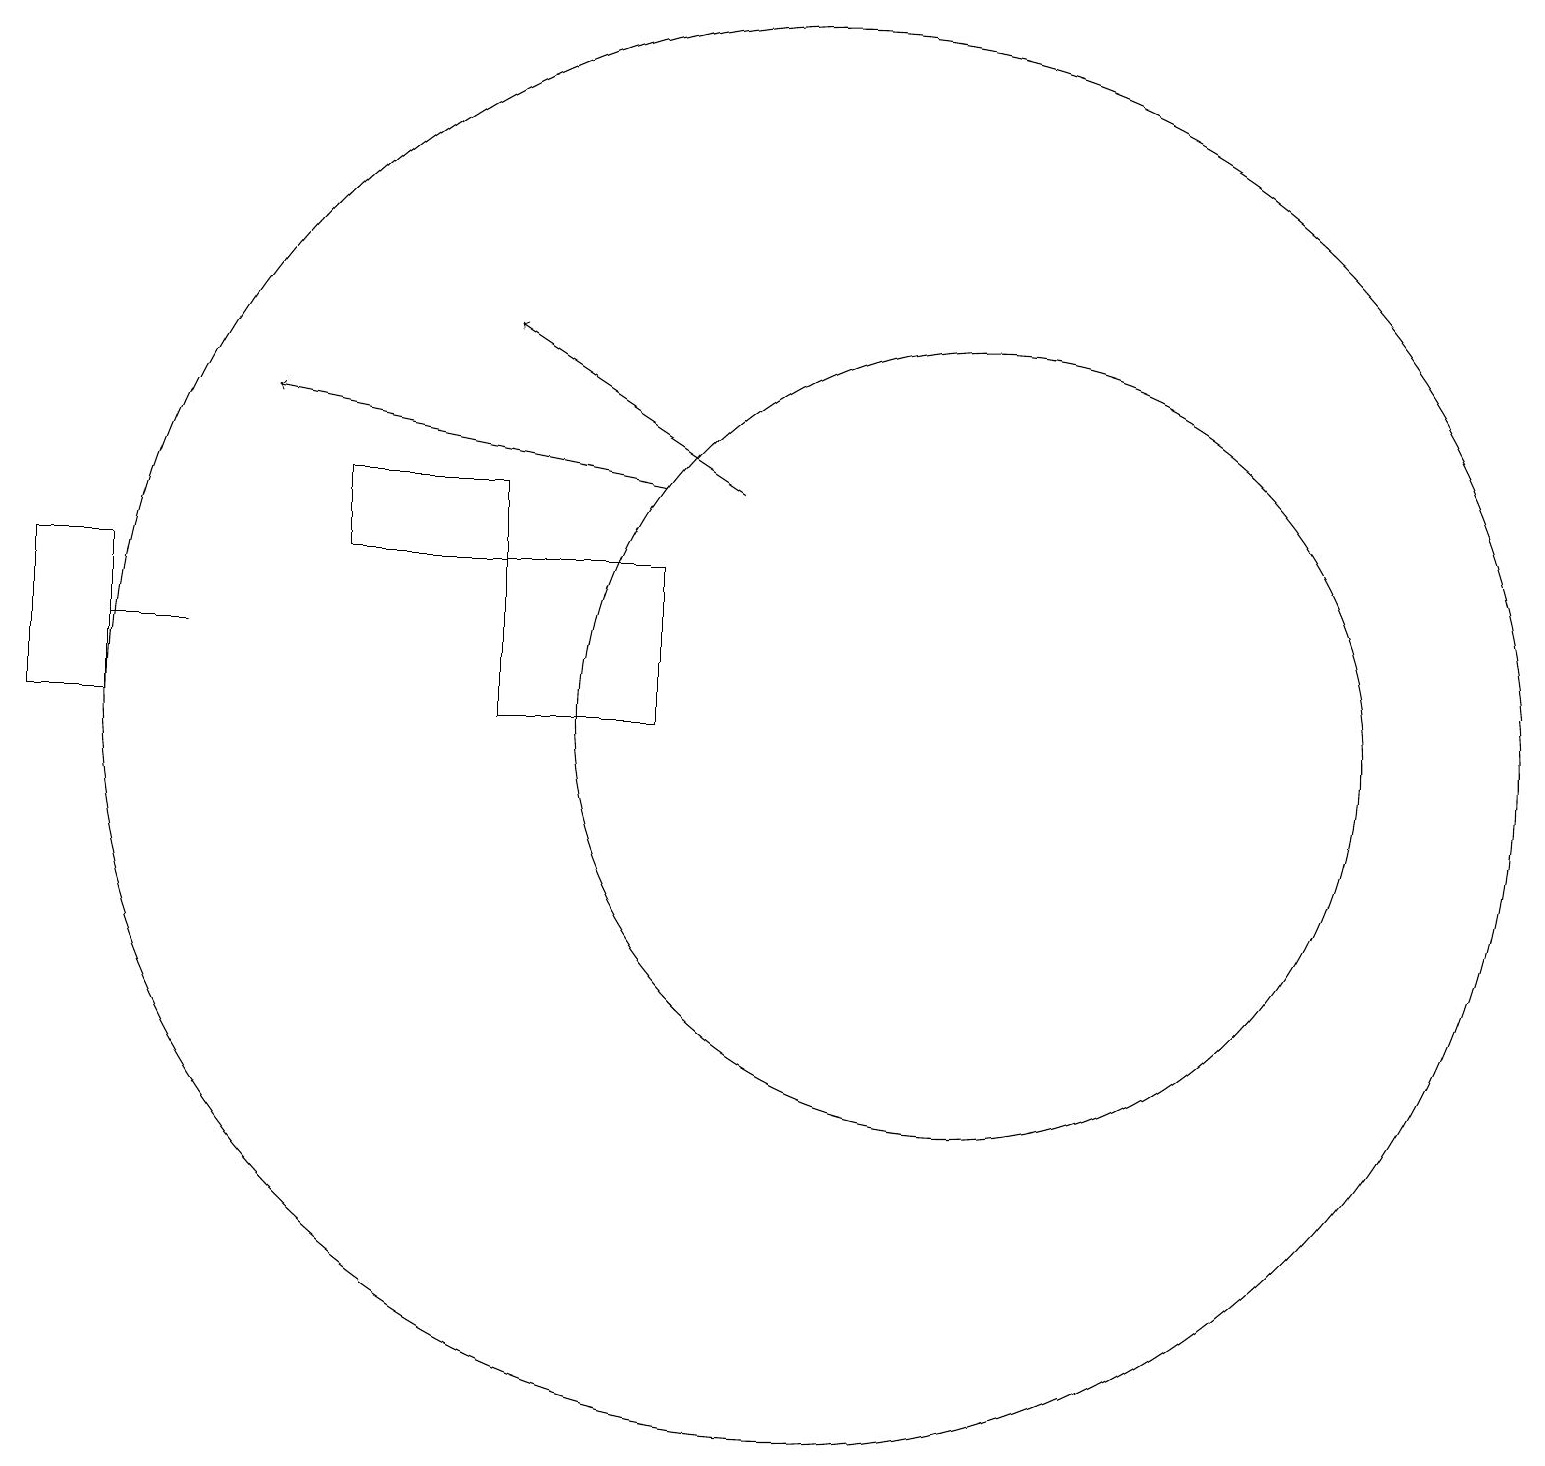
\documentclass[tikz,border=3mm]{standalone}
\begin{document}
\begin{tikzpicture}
\draw[->] (8,14) -- (3,15);
\draw (4,13) rectangle (6,14);
\draw (12,11) circle (5);
\draw[->] (9,14) -- (6,16);
\draw (1,12) rectangle (2,12);
\draw (8,13) rectangle (6,11);
\draw (0,13) rectangle (1,11);
\draw (10,11) circle (9);
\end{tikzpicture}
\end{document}